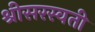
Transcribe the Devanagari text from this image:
श्रीसरस्वती